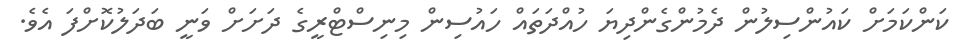
ކަންކަމަށް ކައުންސިލުން ދެމުންގެންދިޔަ ހުއްދަތައް ހައުސިން މިނިސްޓްރީގެ ދަށަށް ވަނީ ބަދަލުކޮށްފަ އެވެ.